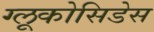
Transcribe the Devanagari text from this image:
ग्लूकोसिडेस